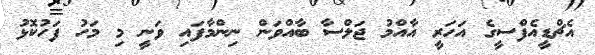
އެޗްޑީއެފްސީގެ އަހަރީ އާއްމު ޖަލްސާ ބާއްްވަން ނިންމާފައި ވަނީ މި މަހު ފަހުކޮޅު